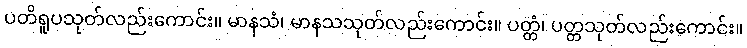
ပတိရူပသုတ်လည်းကောင်း။ မာနသံ၊ မာနသသုတ်လည်းကောင်း။ ပတ္တံ၊ ပတ္တသုတ်လည်းကောင်း။